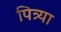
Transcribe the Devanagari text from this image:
पित्र्या